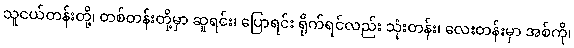
သူငယ်တန်းတို့၊ တစ်တန်းတို့မှာ ဆူရင်း၊ ပြောရင်း ရိုက်ရင်လည်း သုံးတန်း၊ လေးတန်းမှာ အစ်ကို၊